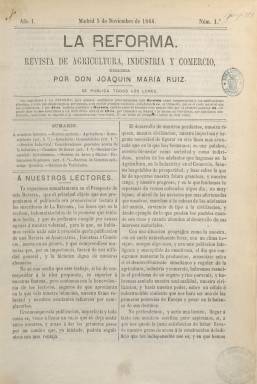
Título: La Reforma. Revista (Madrid. 1866)
Colección: Cultura
Ámbito geográfico: Madrid
Lugar de publicación: Madrid
Fechas: 03/11/1866-04/02/1867

Revista de agricultura, industria y comercio, que editará sólo trece entregas semanales, desde el tres de noviembre de 1866 al cuatro de febrero de 1867, apareciendo cada lunes, el día en el que no se publicaba el “diario político, científico, mercantil y literario”, que con el mismo título había comenzado a publicarse el uno de octubre de 1865. Tanto este como la revista estará dirigida por Joaquín María Ruiz (1825-1897), quien ya había sido el segundo director de La Isla de Cuba (Madrid: 1865), la revista política, económica, literaria y de administración que había terminado ese mismo año fundiéndose con el ya citado diario La Reforma.

Sobre este José María Ruiz no existen muchas más referencias, y las que hay resultan a veces contradictorias, pues pudo haber sido previamente propietario en La Habana del periódico El Tiempo; también pudo ser diputado al comienzo de la Restauración, y marchar de nuevo a algún país de América latina.

Ruiz pretenderá proporcionar cada lunes “lectura” a los suscritores del diario La Reforma con esta revista de carácter utilitario, con el objeto principal de dar cuenta del desarrollo económico, como fuente de prosperidad y de progreso para el país. La estructura en secciones: la de agricultura y ganadería (terrenos, abonos, labores, riegos, cultivos, etc.); industria (maquinaria, ferrocarriles, minería, etc.); comercio (transacciones); artes y oficios (fabricación de jabones, barnices, alcoholes, aceites, bujías, etc.); ciencias aplicadas (química, descubrimientos, adelantos, etc.), y la sección de variedades (sueltos de carácter recreativo).

Son textos de carácter divulgativo, dirigidos tanto a un público general como especializado. Las entregas son de 16 páginas, compuestas a dos columnas, en la misma imprenta de La Reforma, y con un sumario al comienzo de cada número. Aparece como editor responsable Benigno Carranza. De muy corta duración, en la última entrega se anuncia su cese, ante el “desengaño” que había recibido de los suscriptores, pues de los cinco mil ejemplares que había servido –señala –, solo había recabado el pago de trescientas suscripciones.

Por su parte, el diario La Reforma, de tendencia liberal e independiente, seguirá publicándose hasta el 25 de noviembre de 1869, siendo dirigido por otros periodistas y tornándose al final democrático y republicano (Hartzenbusch: 1894).